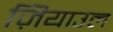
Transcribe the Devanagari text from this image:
ज़ियाउल